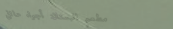
مطعم البستان: أجواء عائلي